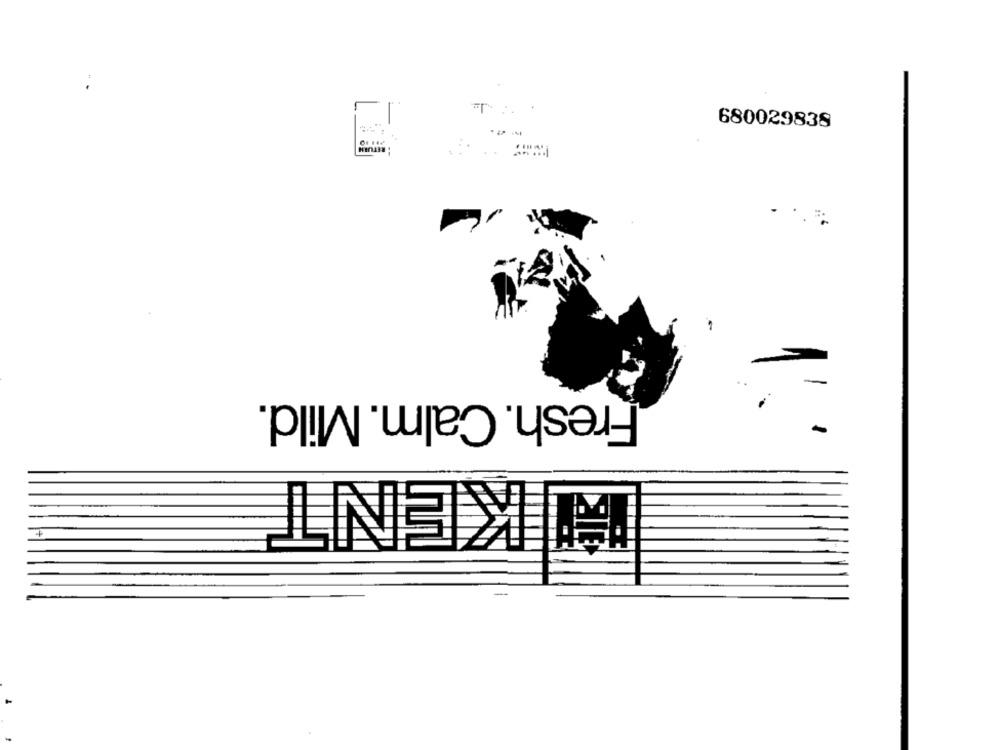
680029838
Fresh. Calm. Mild.
" KENT